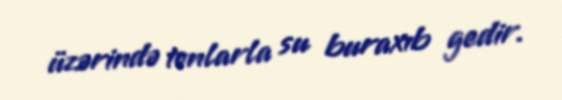
üzərində tonlarla su buraxıb gedir.